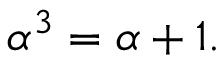
\alpha ^ { 3 } = \alpha + 1 .